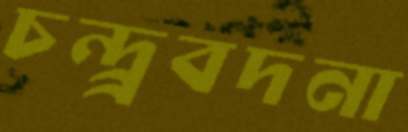
চন্দ্র্রবদনা